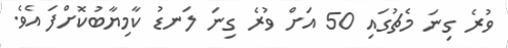
ވުރެ ގިނަ މެޗުގައި 50 އަށް ވުރެ ގިނަ ލަނޑު ކާމިޔާބުކޮށްފަ އެވެ.